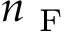
n _ { \mathrm { ~ F ~ } }